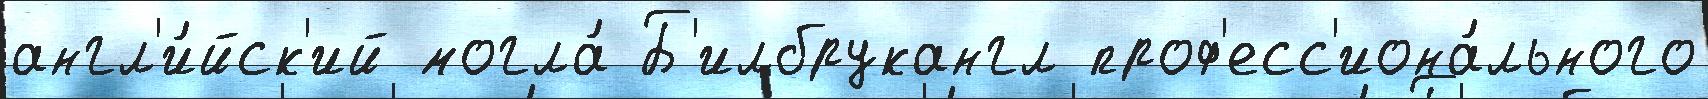
англ'и́йск'ий могла́ Б'илбрукангл проф'есс'иона́льного